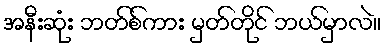
အနီးဆုံး ဘတ်စ်ကား မှတ်တိုင် ဘယ်မှာလဲ။